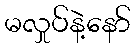
မလှုပ်နဲ့နော်